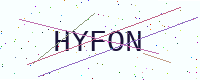
Text: HYFON